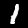
Digit: 1